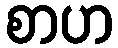
စာဟ